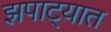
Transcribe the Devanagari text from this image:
झपाट्यात